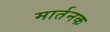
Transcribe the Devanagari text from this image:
मार्तनक